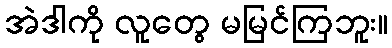
အဲဒါကို လူတွေ မမြင်ကြဘူး။